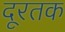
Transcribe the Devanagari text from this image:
दूरतक